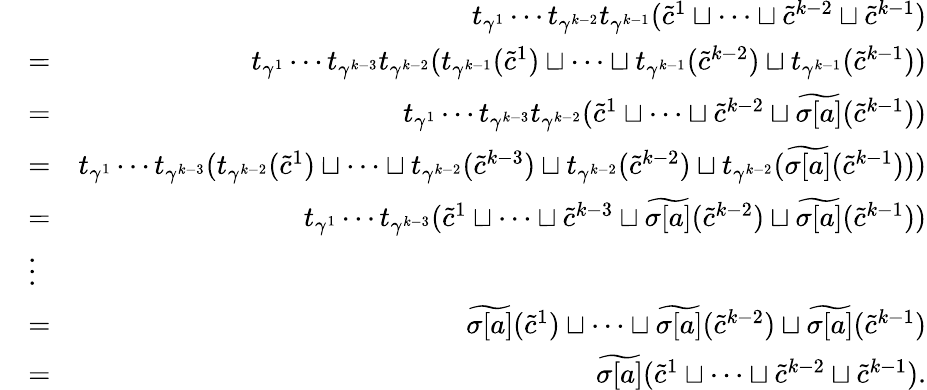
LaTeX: \begin{array}{rlr}&{}&{t_{\gamma^{1}}\cdots t_{\gamma^{k-2}}t_{\gamma^{k-1}}(\widetilde{c}^{1}\sqcup\cdots\sqcup\widetilde{c}^{k-2}\sqcup\widetilde{c}^{k-1})}\\ &{=}&{t_{\gamma^{1}}\cdots t_{\gamma^{k-3}}t_{\gamma^{k-2}}(t_{\gamma^{k-1}}(\widetilde{c}^{1})\sqcup\cdots\sqcup t_{\gamma^{k-1}}(\widetilde{c}^{k-2})\sqcup t_{\gamma^{k-1}}(\widetilde{c}^{k-1}))}\\ &{=}&{t_{\gamma^{1}}\cdots t_{\gamma^{k-3}}t_{\gamma^{k-2}}(\widetilde{c}^{1}\sqcup\cdots\sqcup\widetilde{c}^{k-2}\sqcup\widetilde{\sigma[a]}(\widetilde{c}^{k-1}))}\\ &{=}&{t_{\gamma^{1}}\cdots t_{\gamma^{k-3}}(t_{\gamma^{k-2}}(\widetilde{c}^{1})\sqcup\cdots\sqcup t_{\gamma^{k-2}}(\widetilde{c}^{k-3})\sqcup t_{\gamma^{k-2}}(\widetilde{c}^{k-2})\sqcup t_{\gamma^{k-2}}(\widetilde{\sigma[a]}(\widetilde{c}^{k-1})))}\\ &{=}&{t_{\gamma^{1}}\cdots t_{\gamma^{k-3}}(\widetilde{c}^{1}\sqcup\cdots\sqcup\widetilde{c}^{k-3}\sqcup\widetilde{\sigma[a]}(\widetilde{c}^{k-2})\sqcup\widetilde{\sigma[a]}(\widetilde{c}^{k-1}))}\\ &{\vdots}&\\ &{=}&{\widetilde{\sigma[a]}(\widetilde{c}^{1})\sqcup\cdots\sqcup\widetilde{\sigma[a]}(\widetilde{c}^{k-2})\sqcup\widetilde{\sigma[a]}(\widetilde{c}^{k-1})}\\ &{=}&{\widetilde{\sigma[a]}(\widetilde{c}^{1}\sqcup\cdots\sqcup\widetilde{c}^{k-2}\sqcup\widetilde{c}^{k-1}).}\end{array}